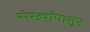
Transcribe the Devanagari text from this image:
संख्यांपासून